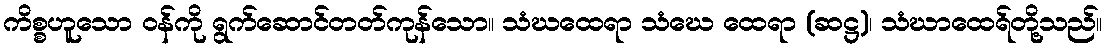
ကိစ္စဟူသော ဝန်ကို ရွက်ဆောင်တတ်ကုန်သော။ သံဃထေရာ သံဃေ ထေရာ (ဆဋ္ဌ)၊ သံဃာထေရ်တို့သည်။